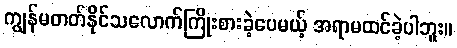
ကျွန်မတတ်နိုင်သလောက်ကြိုးစားခဲ့ပေမယ့် အရာမထင်ခဲ့ပါဘူး။